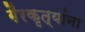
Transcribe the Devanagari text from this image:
गैरकृत्यांना